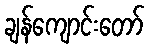
ချန်ကျောင်းတော်